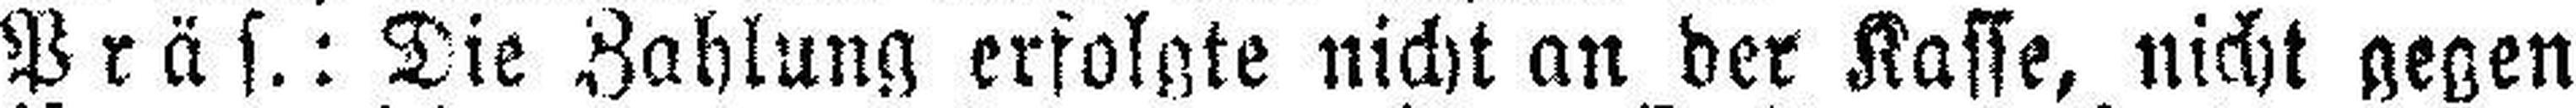
Präs.: Die Zahlung erfolgte nicht an der Kasse, nicht gegen